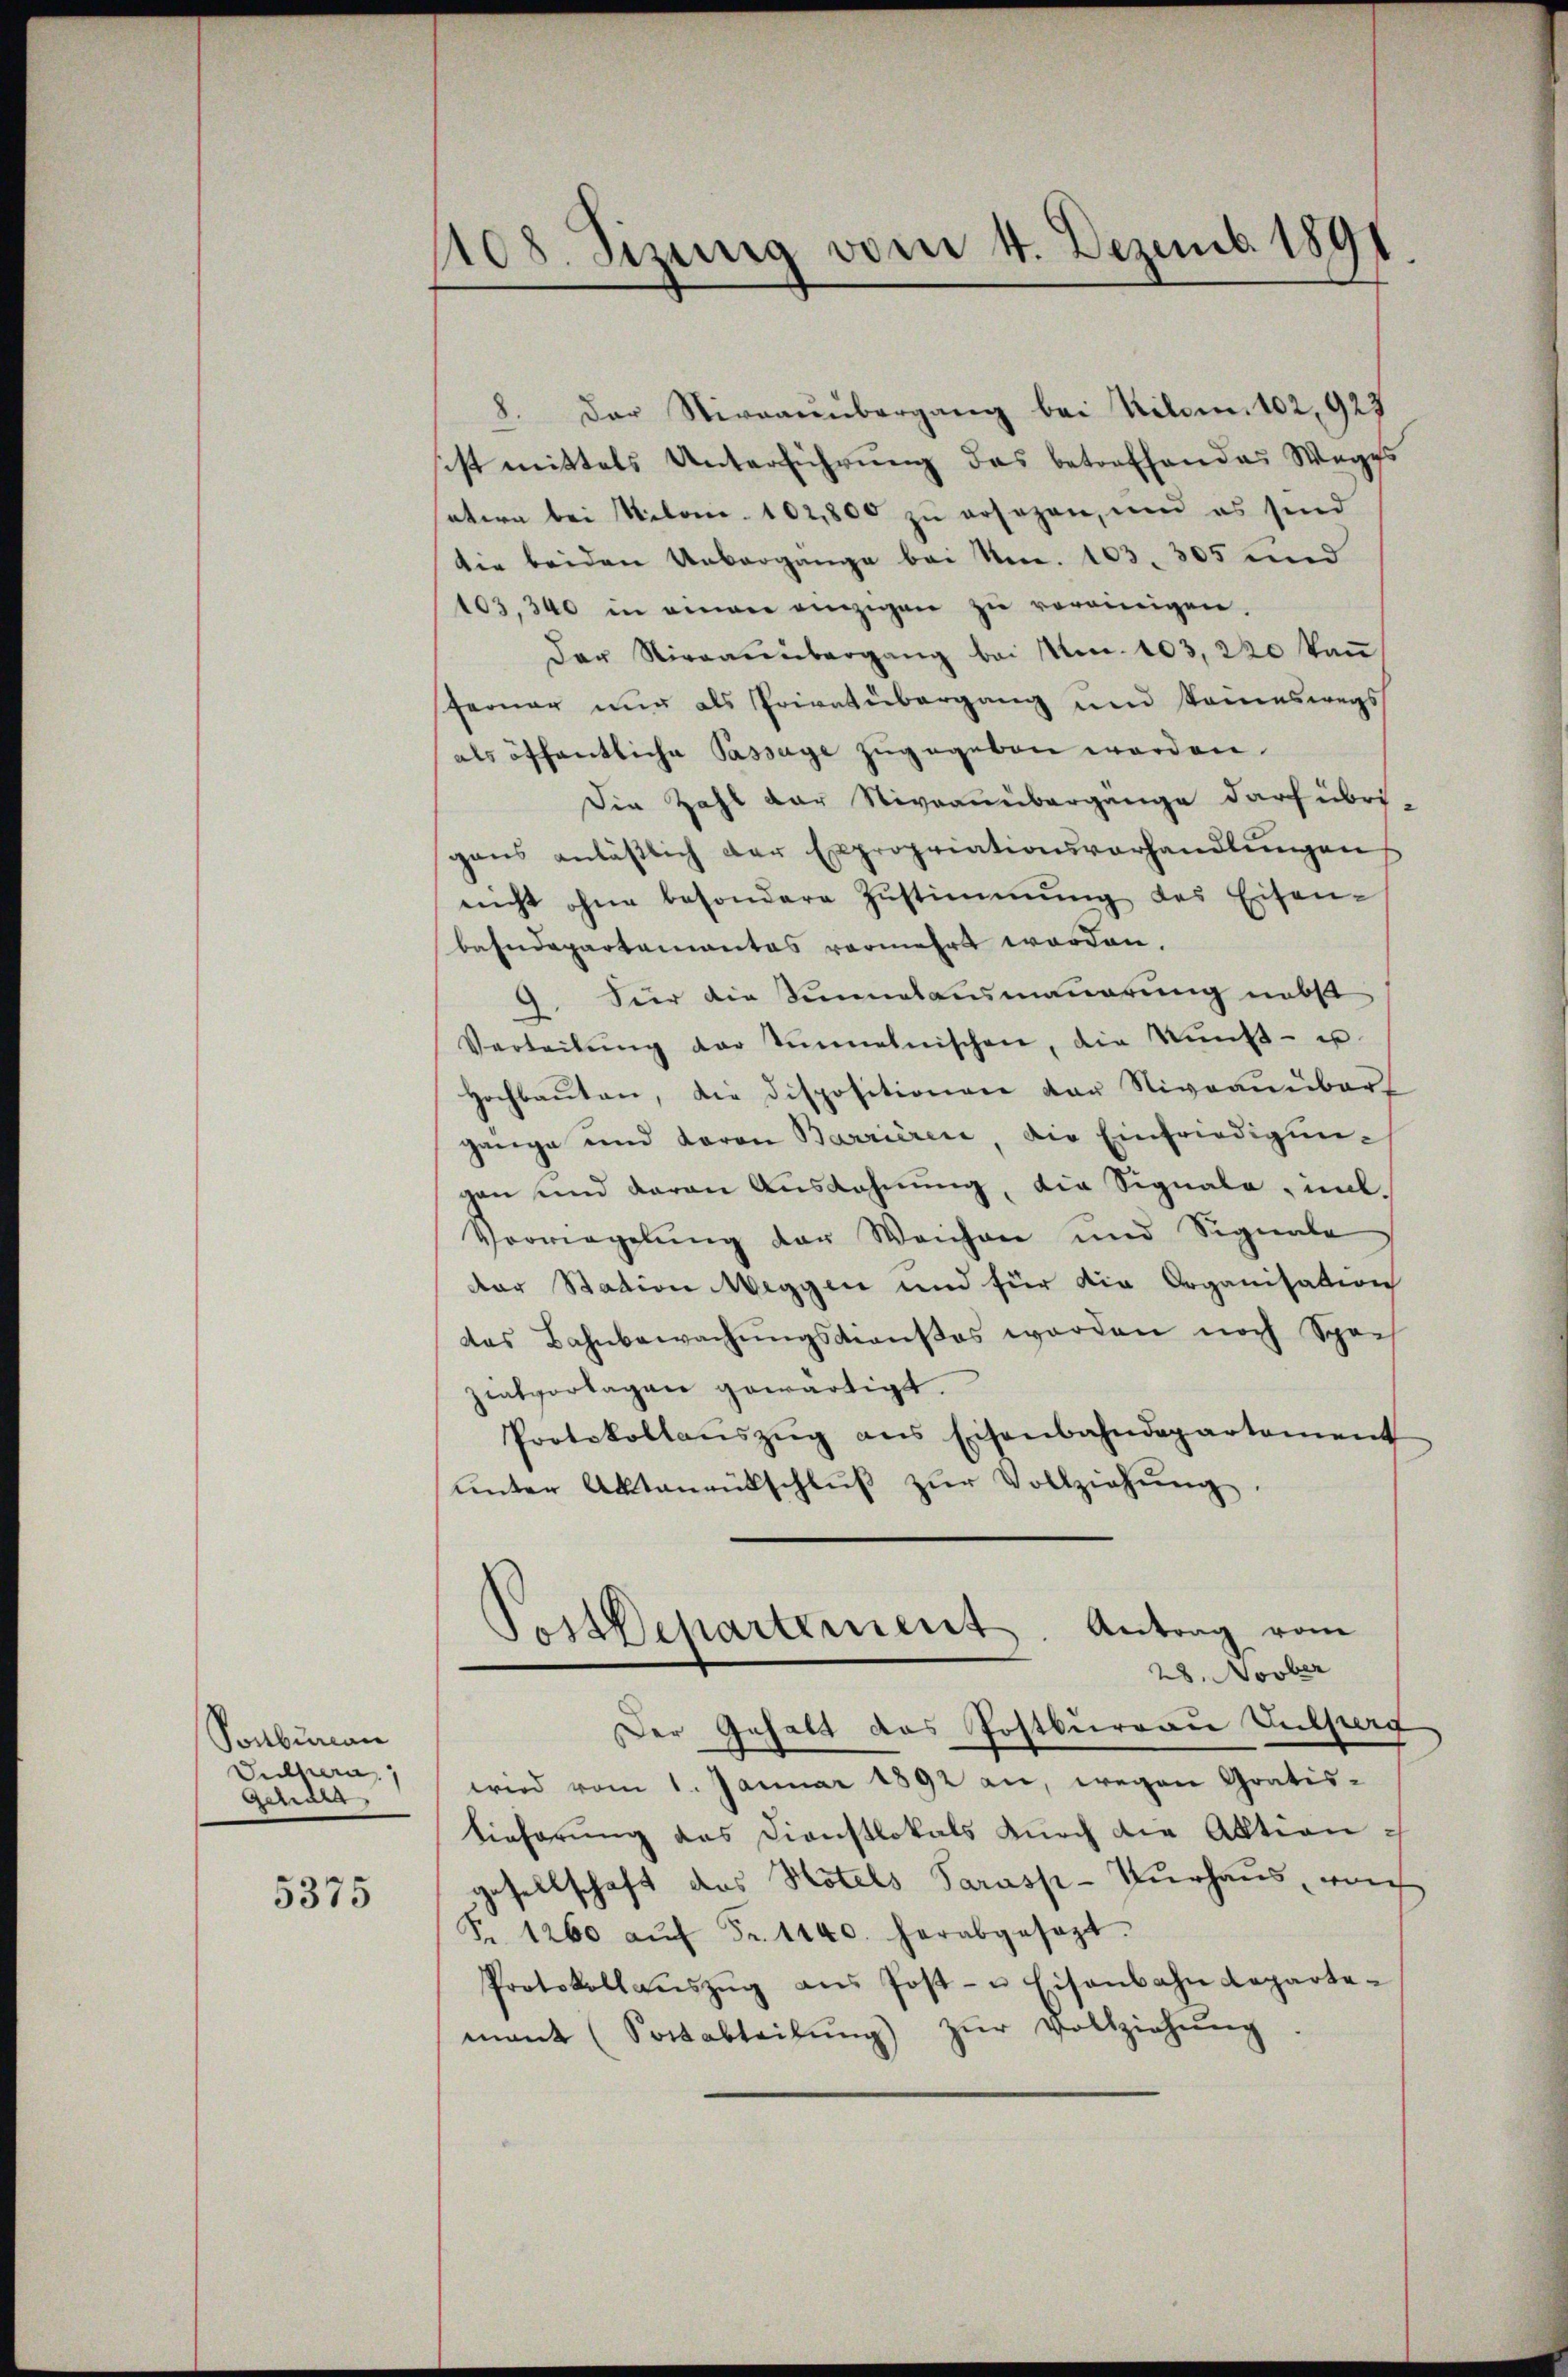
Ponbureau
Sulpera,
Scharg
5375

1108. Sizung vom 4. Dezemb. 1891

Der Stirraŭübergang bei Kilom. 102, 923
sist mittels Unterführung des betreffendes Weges
satern bei Kilome. 102,800 zu ersezen, und es sind
die beiden Uebergange bei Nr. 103. 305 und
103,300 in einen einzigen zu vereinigen.
Der Nirrainbergang bei No. 103, 220 kan
ferner nur als Privatübergang und kommeswegs
als öffentliche Passage zŭgegeben worden.
Die Zahl der Niveauübergänge darf übri-
gans anlässlich der Expropriationsverhandlungen
nicht ohne besondere Zustimmung des Eisen-
bahndepartamantes vermehrt worden.
Für die Sinnesausmauerung nebst
.
Verteilŭng der Sinnelnischen, die Künst- u.
Hochbaŭten, die dispositionen der Niveaunbar
gänge und Baron Barrieren, die Einfriedigŭn-
gen und daran Ausdehnung, die Signale, ind
Verwiegelŭng der Weichen und Signale
der Station Weggen und für die Organisation
das Bahnbewachŭngsdienstes werden noch Spe-
zialvertagen gewärtigt.
Protokollaŭszŭg ans Eisenbahndepartement
ŭnter Aktenrütschlŭβ zŭr Vollziehung,
Postdepartement. Antrag vom
28. Novber
Der Gehalt das Postbureau Vulperg
wird vom 1. Januar 1892 an, wegen Gratis-
tieferung das Dienstlokals durch die Aktion
gesellschaft das Hotels Sarasp-Turhaus, von
Fr. 1260 aŭf Fr. 1440. herabgesagt.
Protokollaŭszŭg aŭs Post- u Eisenbahndeparte-
mant (Sottabteilŭng zŭr Vollziehŭng.